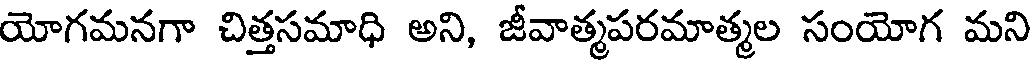
యోగమనగా చిత్తసమాధి అని, జీవాత్మపరమాత్మల సంయోగ మని